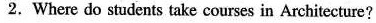
2. Where do students take courses in Architecture?